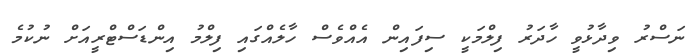
ނަސްރު ވިދާޅުވީ ހާދަރު ފިލްމަކީ ސިފައިން އެއްވެސް ހާލެއްގައި ފިލްމު އިންޑަސްޓްރީއަށް ނުކުމެ